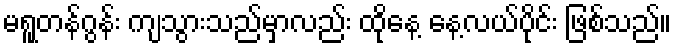
မရူတန်ဂွန်း ကျသွားသည်မှာလည်း ထိုနေ့ နေ့လယ်ပိုင်း ဖြစ်သည်။